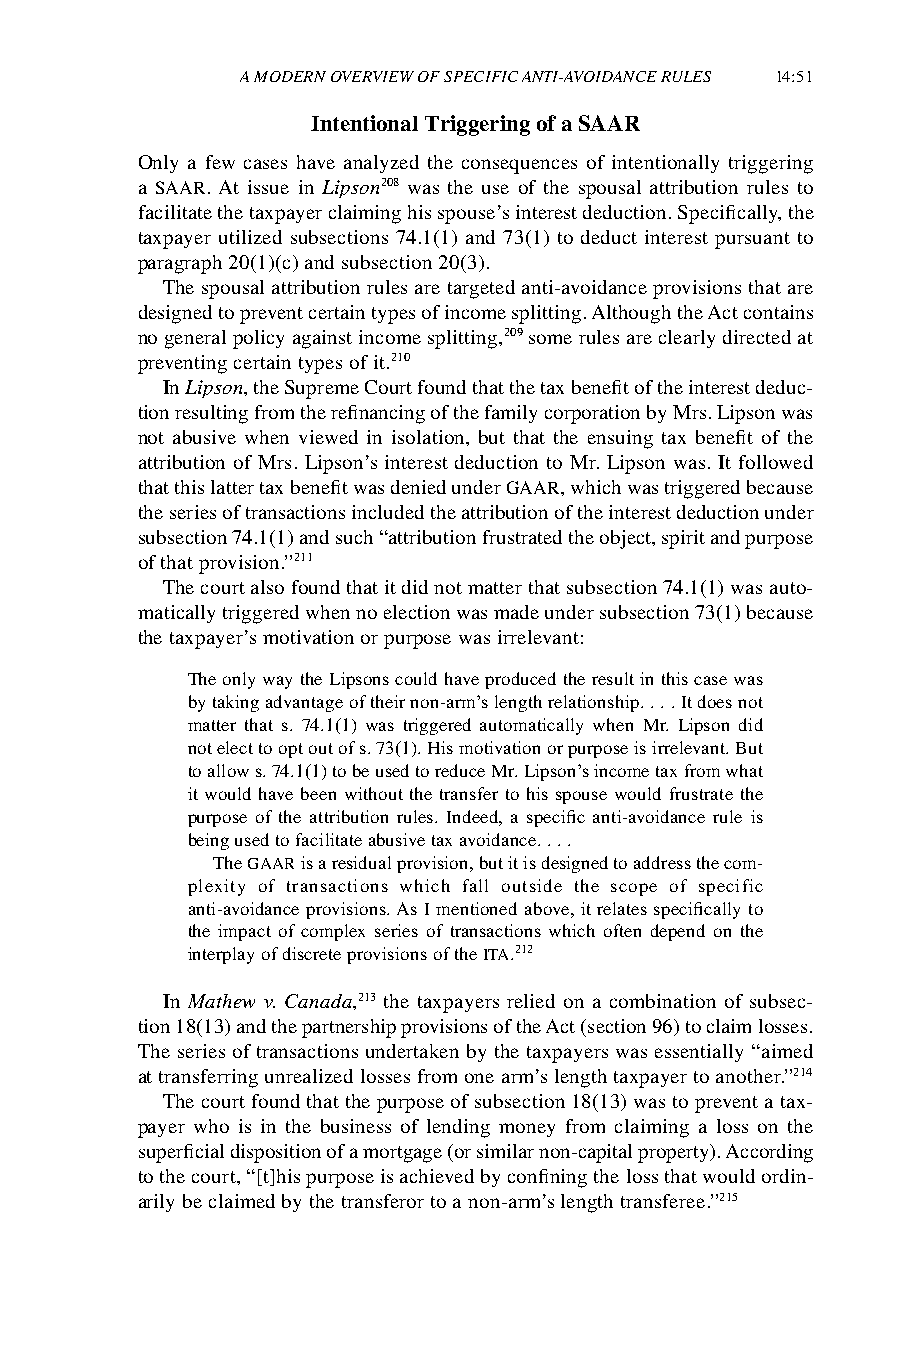
A MODERN OVERVIEW OF SPECIFIC ANTI-AVOIDANCE RULES 14:51
 Intentional Triggering of a SAAR
 Only a few cases have analyzed the consequences of intentionally triggering
 a SAAR. At issue in Lipson208 was the use of the spousal attribution rules to
 facilitate the taxpayer claiming his spouse’s interest deduction. Specifically, the
 taxpayer utilized subsections 74.1(1) and 73(1) to deduct interest pursuant to
 paragraph 20(1)(c) and subsection 20(3).
 The spousal attribution rules are targeted anti-avoidance provisions that are
 designed to prevent certain types of income splitting. Although the Act contains
 no general policy against income splitting,209 some rules are clearly directed at
 preventing certain types of it.210
 In Lipson, the Supreme Court found that the tax benefit of the interest deduc-
 tion resulting from the refinancing of the family corporation by Mrs. Lipson was
 not abusive when viewed in isolation, but that the ensuing tax benefit of the
 attribution of Mrs. Lipson’s interest deduction to Mr. Lipson was. It followed
 that this latter tax benefit was denied under GAAR, which was triggered because
 the series of transactions included the attribution of the interest deduction under
 subsection 74.1(1) and such “attribution frustrated the object, spirit and purpose
 of that provision.”211
 The court also found that it did not matter that subsection 74.1(1) was auto-
 matically triggered when no election was made under subsection 73(1) because
 the taxpayer’s motivation or purpose was irrelevant:
 The only way the Lipsons could have produced the result in this case was
 by taking advantage of their non-arm’s length relationship. . . . It does not
 matter that s. 74.1(1) was triggered automatically when Mr. Lipson did
 not elect to opt out of s. 73(1). His motivation or purpose is irrelevant. But
 to allow s. 74.1(1) to be used to reduce Mr. Lipson’s income tax from what
 it would have been without the transfer to his spouse would frustrate the
 purpose of the attribution rules. Indeed, a specific anti-avoidance rule is
 being used to facilitate abusive tax avoidance. . . .
 The GAAR is a residual provision, but it is designed to address the com-
 plexity of transactions which fall outside the scope of specific
 anti-avoidance provisions. As I mentioned above, it relates specifically to
 the impact of complex series of transactions which often depend on the
 interplay of discrete provisions of the ITA.212
 In Mathew v. Canada,213 the taxpayers relied on a combination of subsec-
 tion 18(13) and the partnership provisions of the Act (section 96) to claim losses.
 The series of transactions undertaken by the taxpayers was essentially “aimed
 at transferring unrealized losses from one arm’s length taxpayer to another.”214
 The court found that the purpose of subsection 18(13) was to prevent a tax-
 payer who is in the business of lending money from claiming a loss on the
 superficial disposition of a mortgage (or similar non-capital property). According
 to the court, “[t]his purpose is achieved by confining the loss that would ordin-
 arily be claimed by the transferor to a non-arm’s length transferee.”215